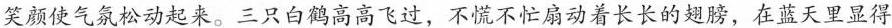
笑颜使气氛松动起来。三只白鹤高高飞过，不慌不忙扇动着长长的翅膀，在蓝天里显